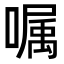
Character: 嘱